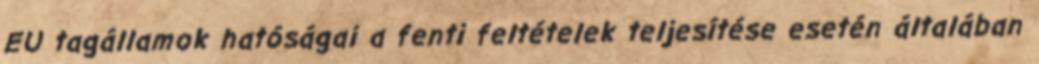
EU tagállamok hatóságai a fenti feltételek teljesítése esetén általában